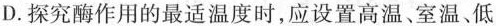
D.探究酶作用的最适温度时，应设置高温、室温、低